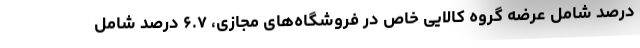
درصد شامل عرضه گروه کالایی خاص در فروشگاه‌های مجازی، ۶.۷ درصد شامل